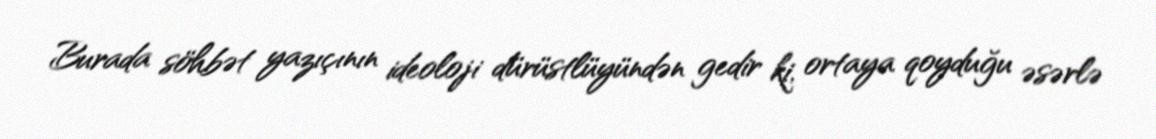
Burada söhbət yazıçının ideoloji dürüstlüyündən gedir ki, ortaya qoyduğu əsərlə